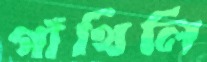
গাঁথিলি